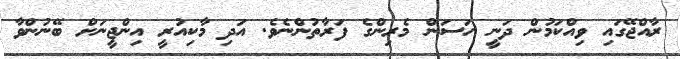
ރާއްޖޭގައި ވިއްކަމުން ދަނީ ހަސަން މެރިންގެ ފަރާތުންނެވެ. އަދި މާކިއުރީ އިންޖީނަށް ބޭނުންވާ